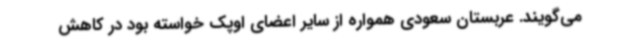
می‌گویند. عربستان سعودی همواره از سایر اعضای اوپک خواسته بود در کاهش